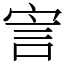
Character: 㝘